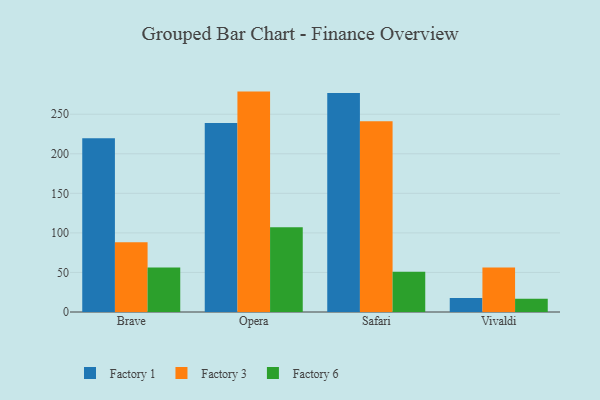
{"axis": {"x": "Browser", "y": "Net Income (USD K)"}, "legend": ["Factory 1", "Factory 3", "Factory 6"], "data": [{"x": "Brave", "y": 219.5, "type": "Factory 1"}, {"x": "Brave", "y": 88.1, "type": "Factory 3"}, {"x": "Brave", "y": 56.2, "type": "Factory 6"}, {"x": "Opera", "y": 239.0, "type": "Factory 1"}, {"x": "Opera", "y": 278.6, "type": "Factory 3"}, {"x": "Opera", "y": 107.1, "type": "Factory 6"}, {"x": "Safari", "y": 276.7, "type": "Factory 1"}, {"x": "Safari", "y": 241.0, "type": "Factory 3"}, {"x": "Safari", "y": 51.0, "type": "Factory 6"}, {"x": "Vivaldi", "y": 17.6, "type": "Factory 1"}, {"x": "Vivaldi", "y": 56.1, "type": "Factory 3"}, {"x": "Vivaldi", "y": 16.6, "type": "Factory 6"}]}